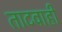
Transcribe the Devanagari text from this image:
ताटवाही